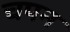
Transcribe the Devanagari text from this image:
चपन